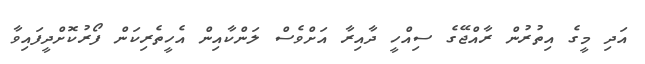
އަދި މީގެ އިތުރުން ރާއްޖޭގެ ސިއްހީ ދާއިރާ އަށްވެސް ލަންކާއިން އެހީތެރިކަން ފޯރުކޮށްދީފައިވާ